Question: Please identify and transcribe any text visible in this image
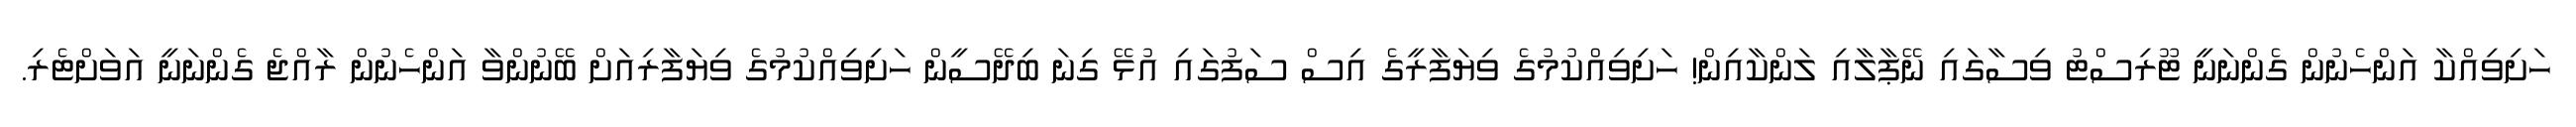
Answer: ހަށިވިއްކާ އަންހެނުން ގެންނަނީ ޓޫރިސްޓު ވިސާގައި ނޭޕާލާއި ލަންކާއިން! ހަށިވިއްކުމުގެ ވިޔަފާރީގެ އިސް ސަފުގައި އުޅޭ ގިނަ ބިދޭސީން ހަށިވިއްކުމުގެ ވިޔަފާރިއަށް ބޭނުންވާ އަންހެނުން ރާއްޖެ ގެންނަނީ އަވަށްޓެރި.